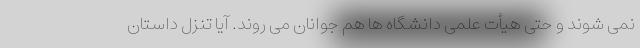
نمی شوند و حتی هیأت علمی دانشگاه ها هم جوانان می روند. آیا تنزل داستان